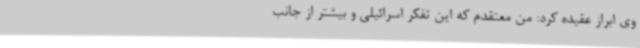
وی ابراز عقیده کرد: من معتقدم که این تفکر اسرائیلی و بیشتر از جانب